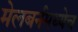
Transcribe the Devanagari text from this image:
मेलबर्नमध्येच